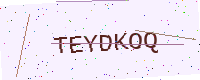
Text: TEYDKOQ